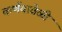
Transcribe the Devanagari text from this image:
कर्णयावेळी